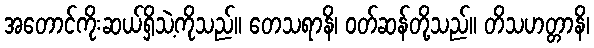
အတောင်ကိုးဆယ်ရှိသဲ့ကိုသည်။ တေသရာနိ၊ ဝတ်ဆန်တို့သည်။ တိသဟတ္တာနိ၊